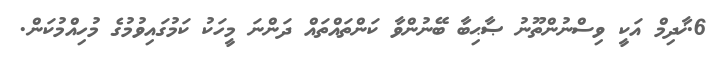
6.ޚާދިމް އަކީ ވިސްނުންތޫނު ޞާޙިބާ ބޭނުންވާ ކަންތައްތައް ދަންނަ މީހަކު ކަމުގައިވުމުގެ މުހިއްމުކަން.